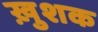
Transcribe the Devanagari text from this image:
ख़ुशक